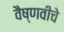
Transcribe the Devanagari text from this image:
वैष्णवीचे